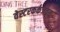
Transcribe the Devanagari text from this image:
वेस्टरकर्कजवळ